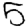
Digit: 5